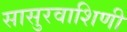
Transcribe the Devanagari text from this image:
सासुरवाशिणी